King Institute of Preventive Medicine Bacteriolog. Section reports 1907-08
Year: 1907
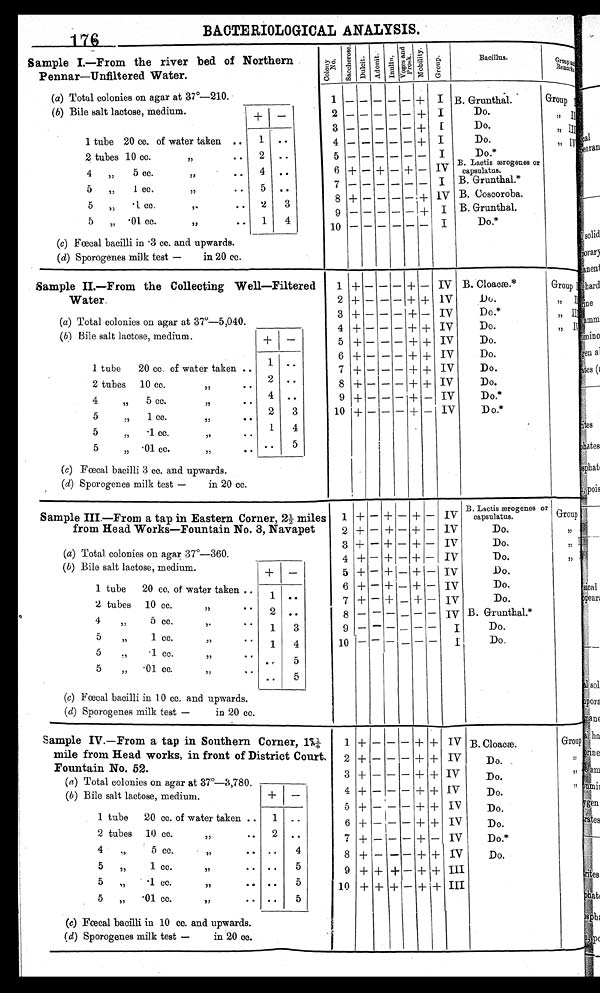
176 BACTERIOLOGICAL ANALYSIS.
Sample I.—From the river bed of Northern
Pennar—Unfiltered Water.
C o l o n y
No.
S a c c h e r o s c .
D u l c i t . A d o n i t
I n u l i n .
V o g e s a n d
P r o s k . M o b i l i t y .
Group.
Bacillus.
Group and
Remarks
(a) Total colonies on agar at 37°—210.
1
— — — — —
+ I B. Grunthal.
Group I
(b) Bile salt lactose, medium.
+
—
2
— — — — —
+ I
Do.
,, II
3 — — — — — +
I
Do.
,, III
1 tube 20 cc. of water taken ..
1 . .
4
— — — — —
+ I
Do.
,, IV
2 tubes 10 cc. ". •
2 ..
5
— — — — — —
I
Do.*
4 " 5 cc. "
• •
4 ..
6 + — + — + —
I V B. Lactis ærogenes or
capsulatus.
5 „ 1 cc. "
. •
5 ..
7
— — — — — —
I B. Grunthal.*
5 " . 1 c c . "
2
3
8 + — —
IV B.Coscoroba.
5 " .01 cc. "
1
4
9
— — — — —
+ I B. Grunthal.
1 0
—
— — — — —
I Do.*
(c) Fœcal bacilli in .3 cc. and upwards.
( d) Sporogenes milk test —
in 20 cc.
Sample II.—From the Collecting Well—Filtered
Water.
1 + —
—
— + — IV B. Cloacæ.*
Group I
2 + — — — + + IV
Do.
" II
3 + — — — + — IV
Do.*
,, I I I
(a) Total colonies on agar at 37°—5,040.
4 + —
—
— + + IV
Do.
" IV
(b) Bile salt lactose, medium.
+
—
5 + —
—
— + + IV
Do.
6 + —
—
— + + IV
Do.
1 tube 20 cc. of water taken ..
1 ..
7 + — — — + + IV
Do.
2 tubes cc. ,,
• •
2 ..
8 + — — — + + IV
Do.
4 " 5 cc. "
• • 4 . .
9 + — — — + — IV
Do.*
5 „ 1 cc. "• •
2
3
10 + —
—
— + — IV
Do.*
5 " .1 cc. ,,
•
1
4
5 „ .01 cc. ,,
• • ..
5
(c) Fœcal bacilli 3 cc. and upwards.
(d) Sporogenes milk test —
in 20 cc.
Sample III.—From a tap in Eastern Corner, 2½ miles
from Head Works—Fountain No. 3, Navapet
1 + - + — + — IV
B. Lactis ærogenes or
capsulatus.
Group I
2 + — + — + — IV
Do.
" I I
3 + — + — + — IV
Do.
" I I I
(a) Total colonies on agar 37°—360.
4 + — + — + — IV
Do.
( b) Bile salt lactose, medium.
+
—
5 + — +
—
+ — IV
Do.
6 + — + — + — IV
Do.
1 tube 20 cc. of water taken
1 ..
7
+ — + — + — IV
Do.
2 tubes 10 cc. "
• •
2 ..
8 — — — — — —
I V B. Grunthal.*
4 „ 5 cc. "•
• •
1
3
9 — — — —
-
I
Do.
5 " 1 cc. "• •
1
4
10 — — — — — —
I
Do.
5 " .1 cc. ,,
• • ..
5
5 „ .01 cc. ,,
,•
..
5
(c) Fœcal bacilli in 10 cc. and upwards.
( d) Sporogenes milk test —
in 20 cc.
Sample IV.—From a tap in Southern Corner, 17¼
mile from Head works, in front of District Court.
Fountain No. 52.
1 + — — — + + IV B. Cloacæ.
Group I
2 + — — — + + I
Do.
" I I
( a) Total colonies on agar at 37°—3,780.
3 + — — — + + IV
Do.
" I I I
(b ) Bile salt lactose, medium.
+ —
4 + — — — + + IV
Do.
" I V
5 + - - - + + IV
Do.
1 tube 20 cc. of water taken ..
1 ..
6 + — 1 — + + IV
Do.
2 tubes 10 cc. ,,
2 ..
7 + — — — + — IV
Do.*
4 „ 5 cc. ,,
.. ..
4
8 + — — — + + IV
Do.
5 ,, 1 cc. "
• • ..
5
9 + + + — + +
III
5 „ .1 cc. ,,
.. ..
5
10 + + +
—
+ + III
5 „ .01 cc. "
• • ..
5
(c) Fœcal bacilli in 10 cc. and upwards.
( d) Sporogenes milk test —
in 20 cc.